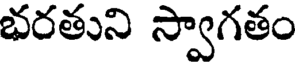
భరతుని స్వాగతం